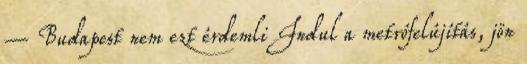
– Budapest nem ezt érdemli Indul a metrófelújítás, jön